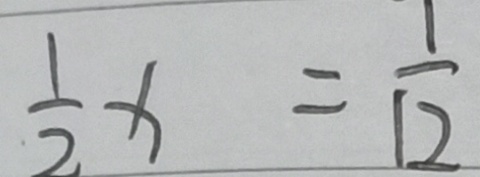
\frac { 1 } { 2 } x = \frac { 1 } { 1 2 }